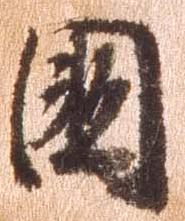
国